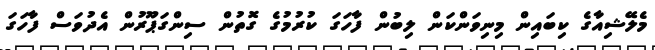
މެލޭޝިއާގެ ކިބައިން މިނިވަންކަން ލިބުން ފާހަގަ ކުރުމުގެ ގޮތުން ސިންގަޕޫރުން އެދުވަސް ފާހަގަ